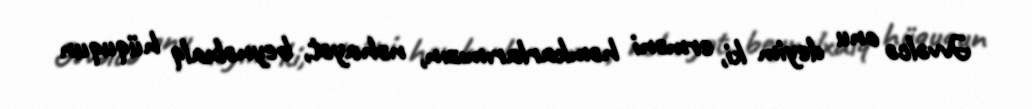
Əvvəlcə onu deyim ki, erməni həmkarlarımızın, nəhayət, beynəlxalq hüququn